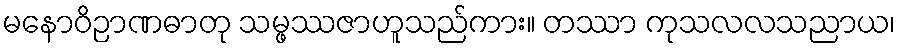
မနောဝိဉာဏဓာတု သမ္ဖဿဇာဟူသည်ကား။ တဿာ ကုသလလသညာယ၊